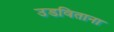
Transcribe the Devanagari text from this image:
उडविताना